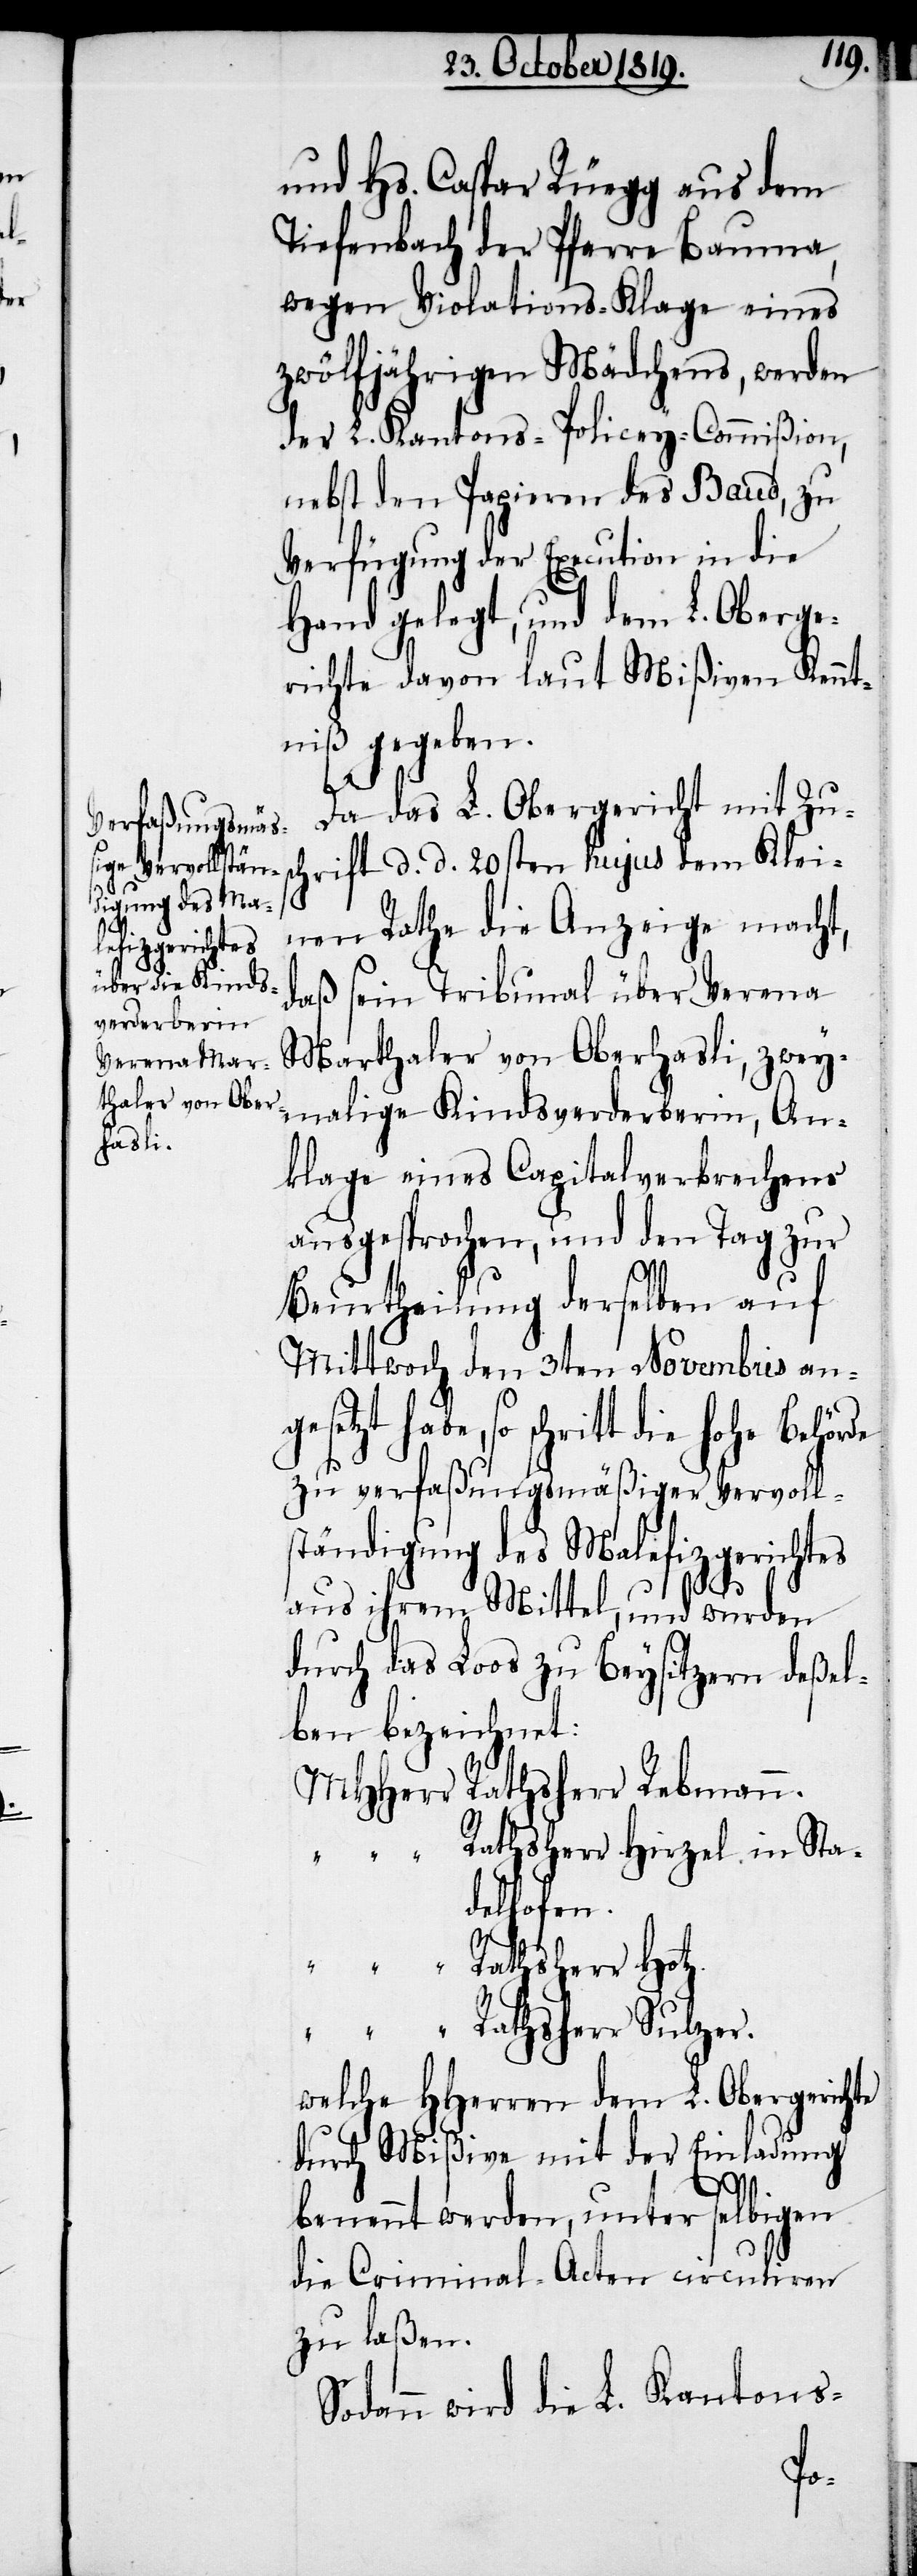
und Hs. Caspar Rüegg aus dem
Tiefenbach der Pfarre Bauma,
wegen Violations-Klage eines
zwölfjährigen Mädchens, werden
der L. Kantons-Policey-Commißion,
nebst den Papieren des Baud, zu
Verfügung der Execution in die
Hand gelegt, und dem L. Oberge¬
richte davon laut Mißiven Kennt¬
niß gegeben.
ge¬
Da das L. Obergericht mit Zu¬
rift d. d. 20sten hujus dem Klei¬
zt
nen Rathe die Anzeige macht,
daß sein Tribunal über Verena
Marthaler von Oberhasli, zwey¬
malige Kindsverderberin, An¬
klage eines Capitalverbrechens
ausgesprochen, und den Tag zur
Beurtheilung derselben auf
Mittwoch den 3ten Novembris an¬
habe, so schritt die hohe Behörde
zu verfaßungsmäßiger Vervoll¬
ständigung des Malefizgerichtes
aus ihrem Mittel, und wurden
durch das Loos zu Beysitzen deßel¬
ben bezeichnet:
MHHerr Rathsherr Rebmann.
" Rathsherr Hirzel in Sta¬
delhofen.
" Rathsherr Sulzer.
welche HHerren dem L. Obergerichte
durch Mißive mit der Einladung
benennt werden, unter selbigen
die Criminal-Acten circuliren
zu laßen.
Sodann wird die L. Kantons-
set¬